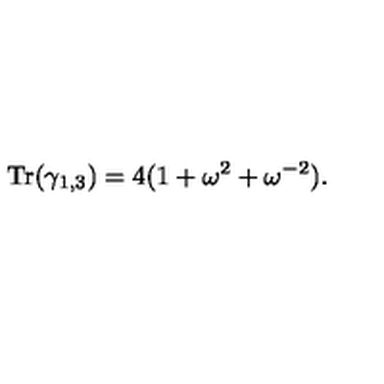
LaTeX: { \mathrm { T r } } ( \gamma _ { 1 , 3 } ) = 4 ( 1 + \omega ^ { 2 } + \omega ^ { - 2 } ) .